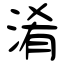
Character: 淆